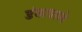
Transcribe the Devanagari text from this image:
डंकवाले